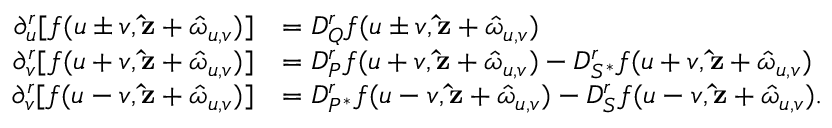
\begin{array} { r l } { \partial _ { u } ^ { r } [ f ( u \pm v , \mathbf { \hat { z } } + \boldsymbol { \hat { \omega } } _ { u , v } ) ] } & { = D _ { Q } ^ { r } f ( u \pm v , \mathbf { \hat { z } } + \boldsymbol { \hat { \omega } } _ { u , v } ) } \\ { \partial _ { v } ^ { r } [ f ( u + v , \mathbf { \hat { z } } + \boldsymbol { \hat { \omega } } _ { u , v } ) ] } & { = D _ { P } ^ { r } f ( u + v , \mathbf { \hat { z } } + \boldsymbol { \hat { \omega } } _ { u , v } ) - D _ { S ^ { * } } ^ { r } f ( u + v , \mathbf { \hat { z } } + \boldsymbol { \hat { \omega } } _ { u , v } ) } \\ { \partial _ { v } ^ { r } [ f ( u - v , \mathbf { \hat { z } } + \boldsymbol { \hat { \omega } } _ { u , v } ) ] } & { = D _ { P ^ { * } } ^ { r } f ( u - v , \mathbf { \hat { z } } + \boldsymbol { \hat { \omega } } _ { u , v } ) - D _ { S } ^ { r } f ( u - v , \mathbf { \hat { z } } + \boldsymbol { \hat { \omega } } _ { u , v } ) . } \end{array}